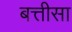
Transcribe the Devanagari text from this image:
बत्तीसा